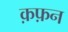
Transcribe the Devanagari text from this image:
क़फ़न